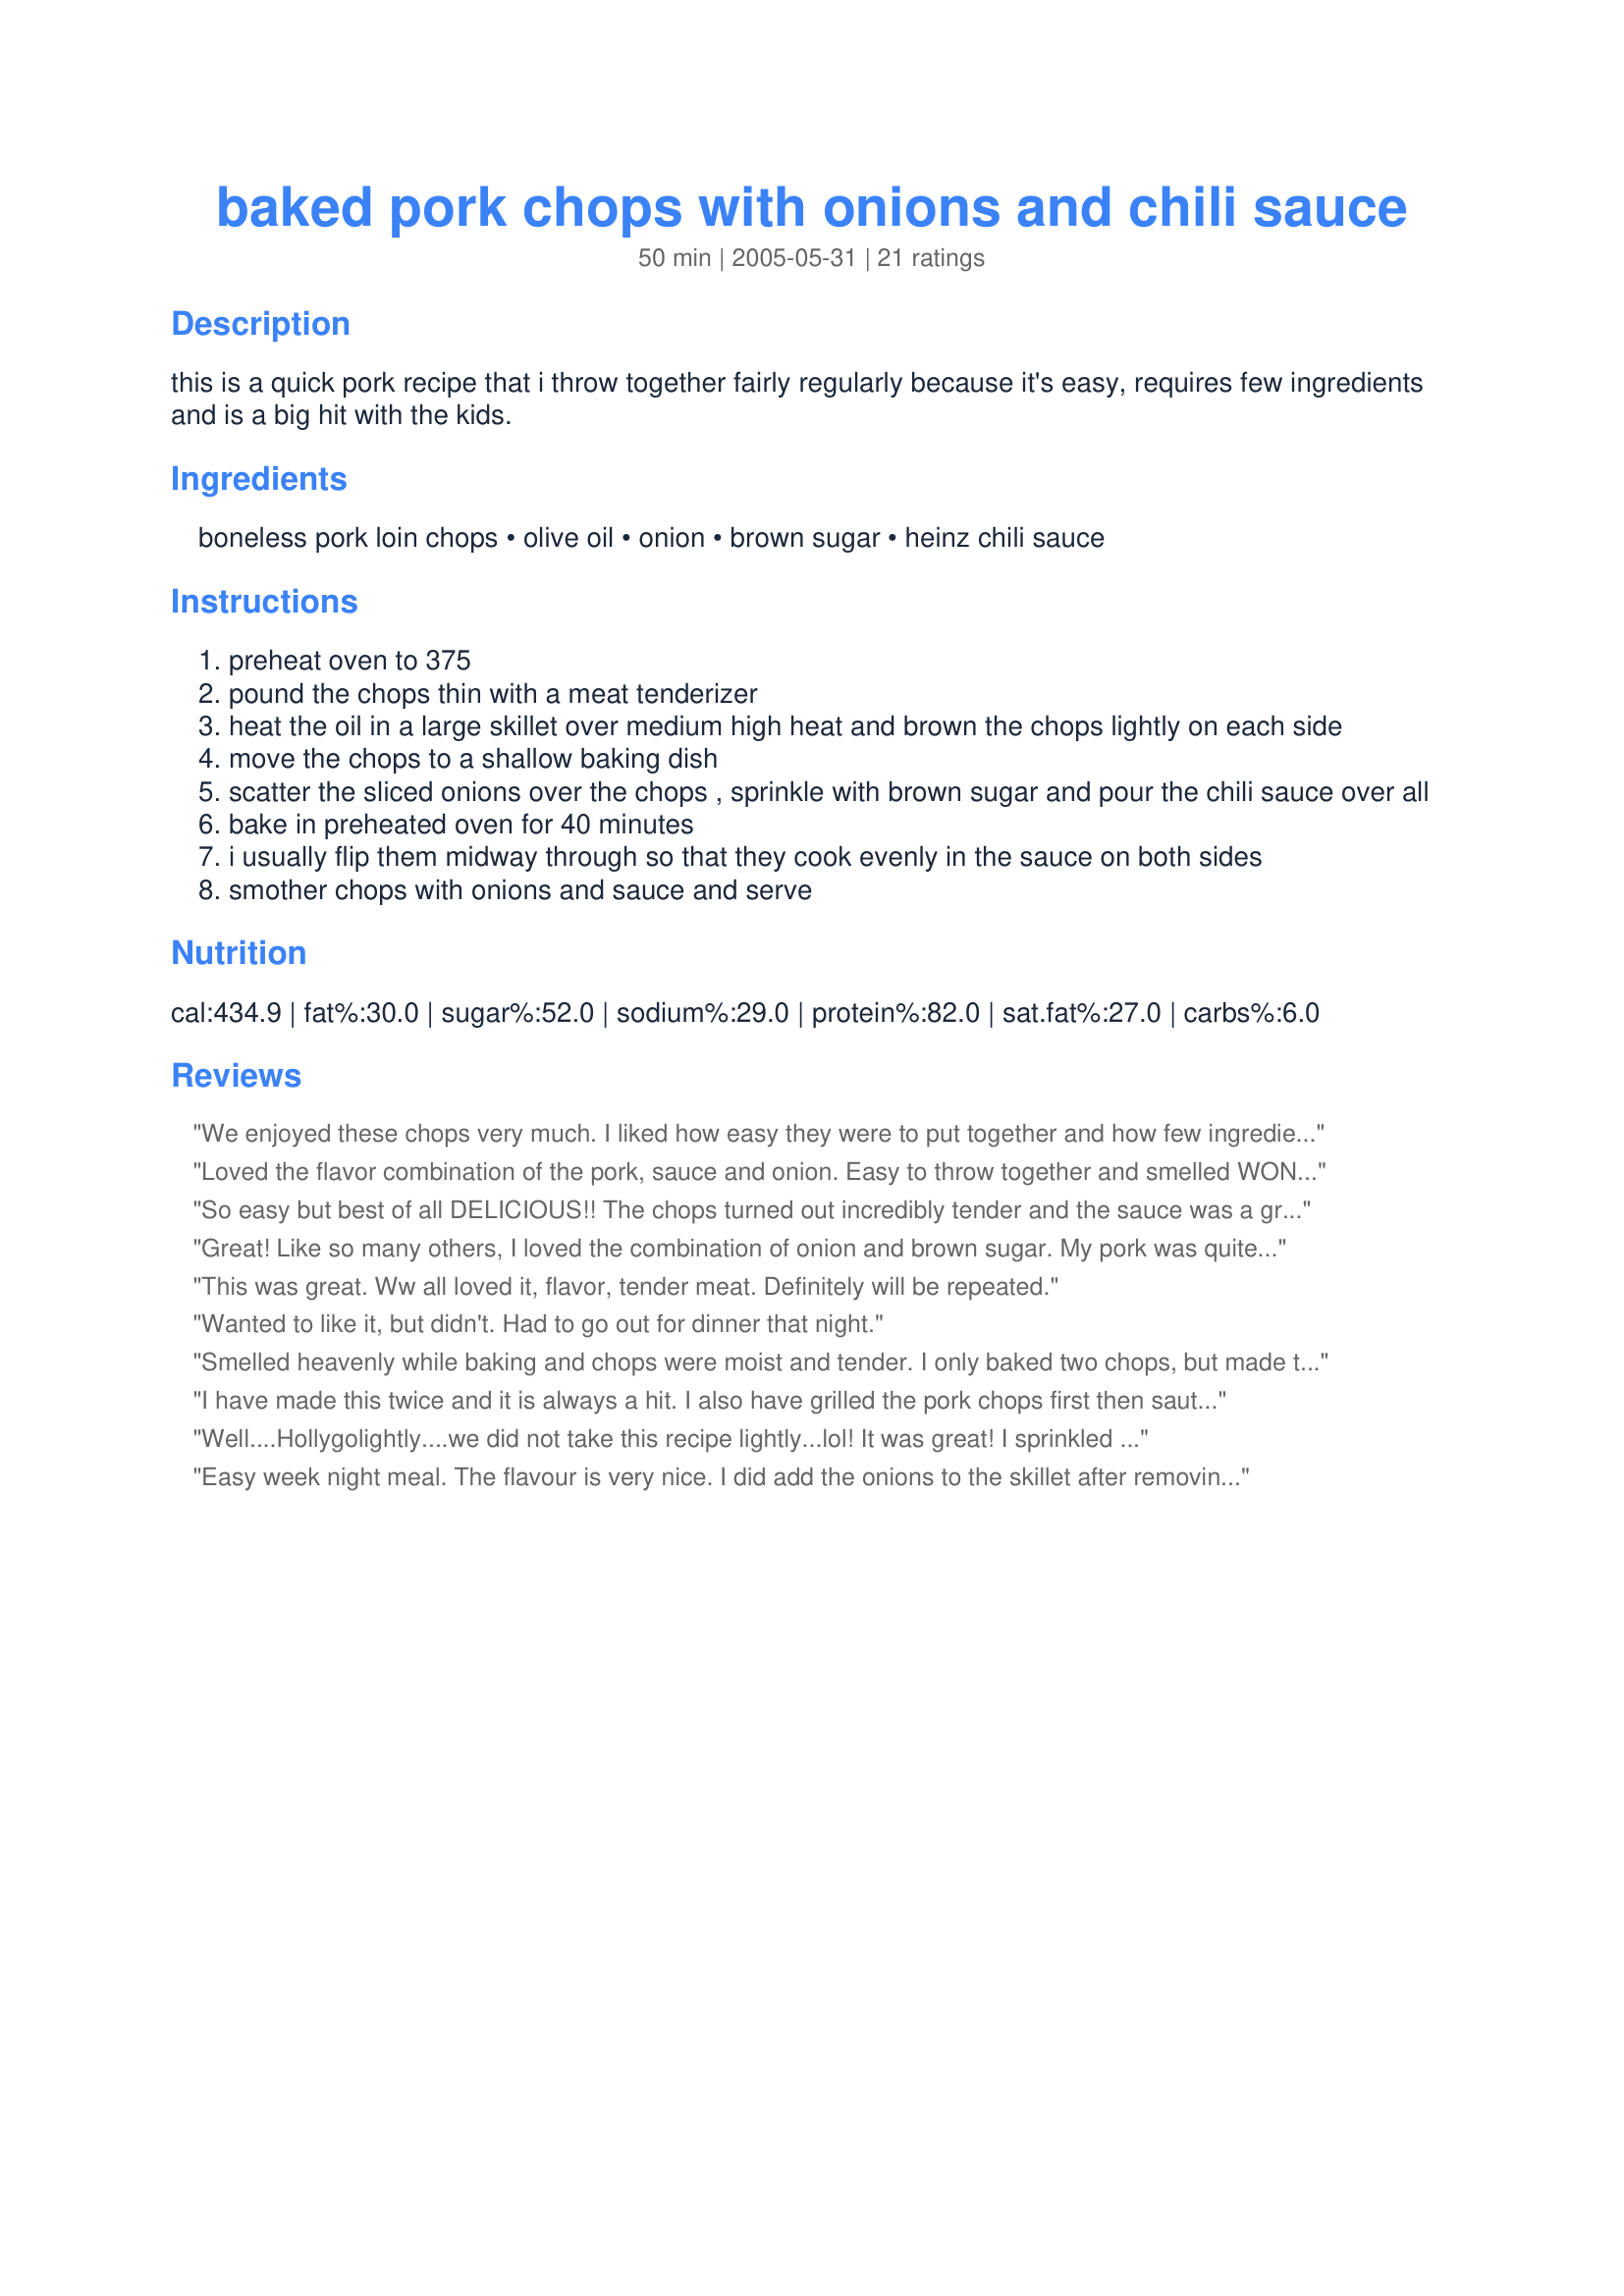
baked pork chops with onions and chili sauce
Preparation time: 50 minutes

this is a quick pork recipe that i throw together fairly regularly because it's easy, requires few ingredients and is a big hit with the kids.

Ingredients:
boneless pork loin chops, olive oil, onion, brown sugar, heinz chili sauce

Steps:
preheat oven to 375
pound the chops thin with a meat tenderizer
heat the oil in a large skillet over medium high heat and brown the chops lightly on each side
move the chops to a shallow baking dish
scatter the sliced onions over the chops , sprinkle with brown sugar and pour the chili sauce over all
bake in preheated oven for 40 minutes
i usually flip them midway through so that they cook evenly in the sauce on both sides
smother chops with onions and sauce and serve

Reviews:
We enjoyed these chops very much. I liked how easy they were to put together and how few ingredients it takes to make them. Even my two little picky eaters enjoyed them. Served with a salad, mashed potatoes and peas. A great weeknight meal that I'm sure will go into the regular rotation. Thanks for sharing!
Loved the flavor combination of the pork, sauce and onion. Easy to throw together and smelled WONDERFUL while baking.
So easy but best of all DELICIOUS!! The chops turned out incredibly tender and the sauce was a great complimenting taste. I followed recipe exactly and it turned out perfect. My husband and two sons loved it too. I will put this in my favorites. Can't beat easy and yummy! Thanks!
Great! Like so many others, I loved the combination of onion and brown sugar. My pork was quite tough, but that's not the fault of the recipe, is it? Next time I'll brine the pork first and see if that helps. This couldn't be easier, and the flavor was very good. Thanks for posting!
This was great. Ww all loved it, flavor, tender meat. Definitely will be repeated.
Wanted to like it, but didn't. Had to go out for dinner that night.
Smelled heavenly while baking and chops were moist and tender. I only baked two chops, but made the entire amount of sauce and also used red onion.
I have made this twice and it is always a hit. I also have grilled the pork chops first then saute the onions and made the sauce on the stovetop and poured it over the chops.
Well....Hollygolightly....we did not take this recipe lightly...lol! It was great! I sprinkled Lawry's season salt on the chops before I browned them. Then in the sauce I added worchester sauce (as did another zaar member) and I added some dry mustard. My newest kick is using frozen onions....soooo easy. I just sprinkled them over the chops frozen....what a breeze. Thanks for making my Saturday night dinner so pleasant. This is now in my cookbook under the "Keeper" section.
Easy week night meal. The flavour is very nice. I did add the onions to the skillet after removing the pork, just until they took on a little colour. Don't skimp on the onions, they are so good. I will be making this again. This was made for ZWT 2009. Thanks for sharing your recipe.
More like 3 1/2 stars. Liked it and would make again for its ease in preparation. Preferred the chili sauce as opposed to the ketchup based receipes - more flavourful. A quick weeknight dinner.
Thanks!
These were like BBQ ribs! I used bone-in chops and ate the kids' bones clean after my own! These were very good. I liked them with a lot of the sauce! Gotta go wash my face! Thanks!
very easy recipe to make, smelled wonderful when cooking. Chops were very tender. Will make them again.
Oh so easy to prepare, smells delicious while baking and just as good to taste! We loved these chops and they are just a little different from the usual ways to prepare pork chops. Thanks, Carole in Orlando
Yum! My husband asked for more chili sauce next time, though.
We enjoyed these very much and will definitely make these again. Quick to throw together for an easy weeknight meal! Made for Zaar Chef Alpahbet Soup.
This is a winner!
Simple tasty and eye appealing - what more can you wish for. I used a fry pan that I could pop in the oven after I browned the chops but I do not reccomend doing this - I nearly burned the bottom of the chops because of the the browning phase of the chops and the residue bits- use a fresh baking dish lightly oiled.
 I baked for 20 minutes, flipped the chops and returned them to the oven for another 15 minutes - perfect.
 This is a really good recipe Thanks HollyGolighty for posting this recipe
This was great! I cannot believe how good it smelled....I doubled the sauce as others said to do and so glad I did...I fried up the onions for a couple minutes in the pan before I put them over chops...wonderful recipe
Another resounding 5 stars for this easy recipe! I used a leek instead of the onion and went with the flow of the rest. Great smell while baking and lip-smackin' good eatin' when they were done. Most assuredly a repeat-er for me! Thanks for sharing!
These were really really good, I doubled the sauce and added a tblspn of worchestershire sauce. Great receipe, DH says thanks too!
I&#039;ve been wanting to make this for quite some time, so today I decided to bite the bullet. I had 2 thick pork chops, so that was what I used. I baked them for an hour at 375. I gave 4 stars instead of 5, because they didn&#039;t turn out quite as tender as I had hoped, but I blame that on today&#039;s pork is just to lean. The sauce was VERY good &amp; a 5 star winner!!! Will most definitely try this again, but with a couple end chops or pork tenderloin. THANKS for sharing!!!
